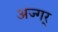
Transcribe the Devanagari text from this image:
अज्गर्